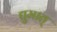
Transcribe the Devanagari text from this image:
द्युमात्